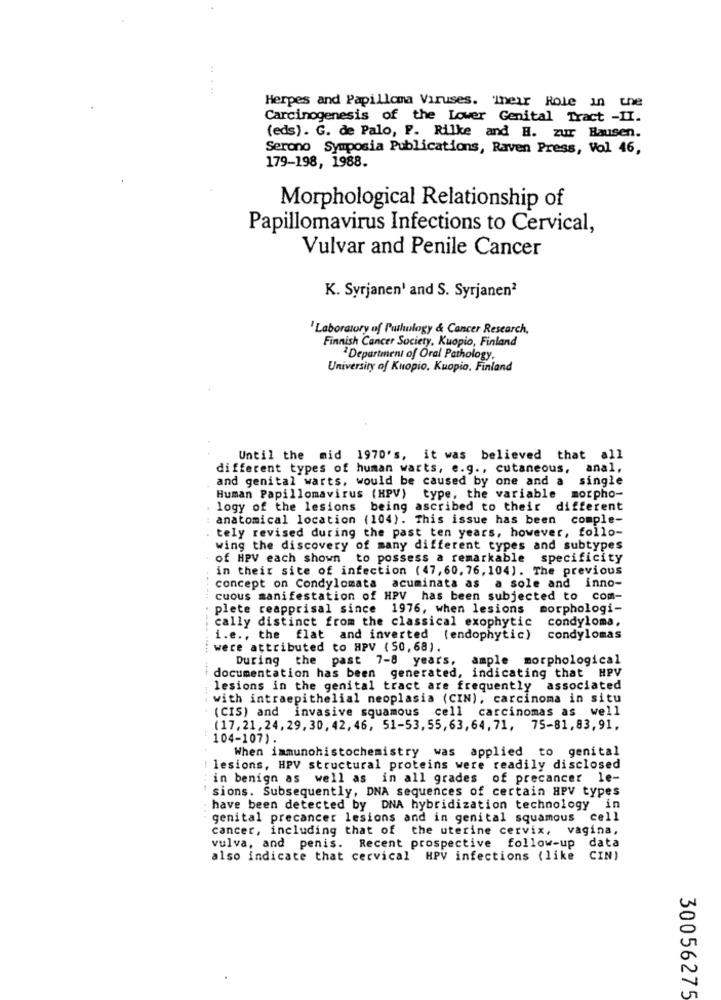
:
Herpes and Papilloma Viruses. Their Role in the
Carcinogenesis of the Lower Genital Tract -II.
(eds). G. de Palo, F. Rilke and H. zur Hausen.
Serono Symposia Publications, Raven Press, Vol 46,
179-198, 1988.
Morphological Relationship of
Papillomavirus Infections to Cervical,
Vulvar and Penile Cancer
K. Syrjanen' and S. Syrjanen2
'Laboratory of Puthulogy & Cancer Research,
Finnish Cancer Society, Kuopio, Finland
Department of Oral Pathology.
University of Kuopio, Kuopio, Finland
Until the mid 1970's, it was believed that all
different types of human warts, e.g ., cutaneous, anal,
and genital warts, would be caused by one and a single
Human Papillomavirus (HPV) type, the variable morpho-
logy of the lesions being ascribed to their different
anatomical location (104). This issue has been comple-
tely revised during the past ten years, however, follo-
wing the discovery of many different types and subtypes
of HPV each shown to possess a remarkable specificity
in their site of infection (47, 60, 76, 104]. The previous
concept on Condylomata acuminata as a sole and inno-
cuous manifestation of HPV has been subjected to com-
plete reapprisal since 1976, when lesions morphologi-
cally distinct from the classical exophytic condyloma,
i.e ., the flat and inverted (endophytic)
condylomas
were attributed to HPV ( 50,68).
During the past 7-8 years, ample morphological
documentation has been generated, indicating that HPV
lesions in the genital tract are frequently associated
with intraepithelial neoplasia (CIN), carcinoma in situ
-------- - --
(CIS) and invasive squamous cell carcinomas as well
(17,21,24, 29, 30, 42, 46, 51-53, 55,63,64,71, 75-81,83,91,
104-107).
When immunohistochemistry was applied to genital
lesions, HPV structural proteins were readily disclosed
in benign as well as in all grades of precancer le-
sions. Subsequently, DNA sequences of certain HPV types
have been detected by DNA hybridization technology in
genital precancer lesions and in genital squamous cell
cancer, including that of the uterine cervix, vagina,
vulva, and penis. Recent prospective follow-up
data
also indicate that cervical HPV infections (like
CIN)
30056275